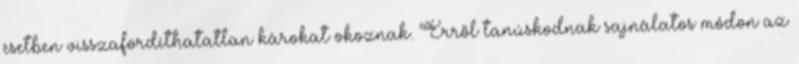
esetben visszafordíthatatlan károkat okoznak. Erről tanúskodnak sajnálatos módon az